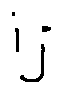
i _ { j }